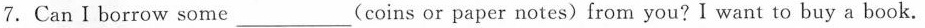
7. Can I borrow some ____ (coins or paper notes) from you?I want to buy a book.